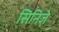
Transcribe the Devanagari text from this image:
सिनिजे